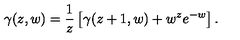
\gamma ( z , w ) = \frac { 1 } { z } \left[ \gamma ( z + 1 , w ) + w ^ { z } e ^ { - w } \right] .